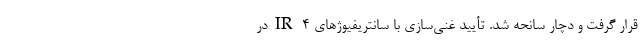
قرار گرفت و دچار سانحه شد. تأیید غنی‌سازی با سانتریفیوژهای IR-4‌ در